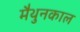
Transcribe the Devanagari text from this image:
मैथुनकाल